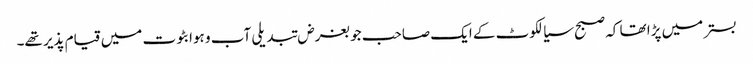
بستر میں پڑا تھا کہ صبح سیالکوٹ کے ایک صاحب جو بغرض تبدیلی آب و ہوا بٹوت میں قیام پذیر تھے۔